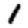
Digit: 1